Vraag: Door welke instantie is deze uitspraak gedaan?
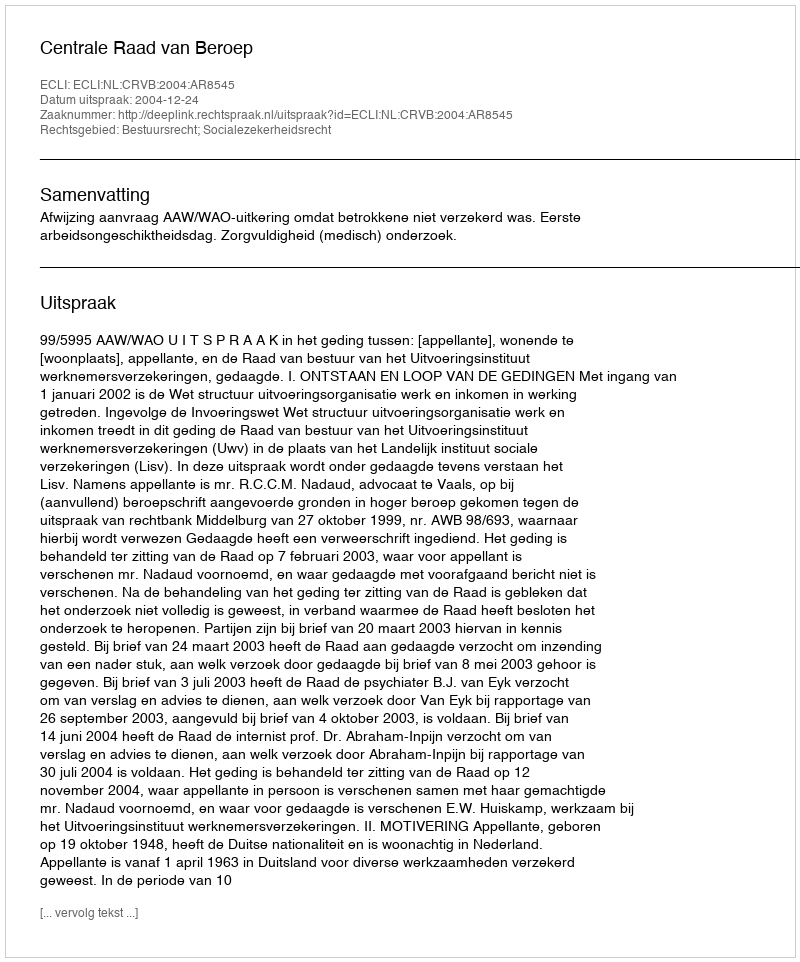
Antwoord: Centrale Raad van Beroep